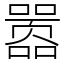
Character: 嚣